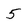
Character: 5